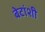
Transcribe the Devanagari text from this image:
बेटांशी